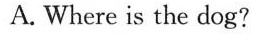
A.Where is the dog?